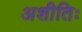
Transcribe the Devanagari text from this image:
अशीतिः